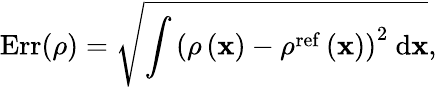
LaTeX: \mathrm{Err}(\rho)=\sqrt{\int{\left(\rho\left({\mathbf x}\right)-\rho^{\mathrm{ref}}\left({\mathbf x}\right)\right)^{2}\ \mathrm{d}{\mathbf x}}},